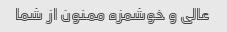
عالی و خوشمزه ممنون از شما